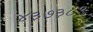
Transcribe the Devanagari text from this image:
४३७३८९